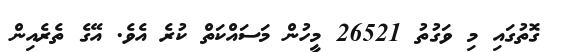
ގޮތުގައި މި ވަގުތު 26521 މީހުން މަސައްކަތް ކުރެ އެވެ. އޭގެ ތެރެއިން